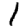
Digit: 1